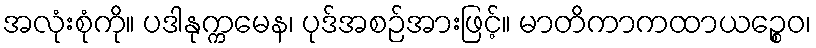
အလုံးစုံကို။ ပဒါနုက္ကမေန၊ ပုဒ်အစဉ်အားဖြင့်။ မာတိကာကထာယဉ္စေဝ၊